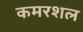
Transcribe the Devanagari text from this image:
कमरशल